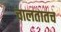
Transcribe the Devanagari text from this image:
चालतातच